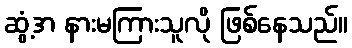
ဆွံ့အ နားမကြားသူလို ဖြစ်နေသည်။